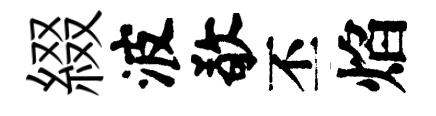
綴波敬丕焰